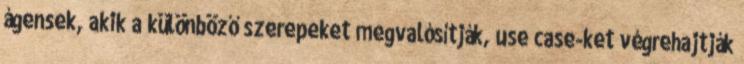
ágensek, akik a különböző szerepeket megvalósítják, use case-ket végrehajtják